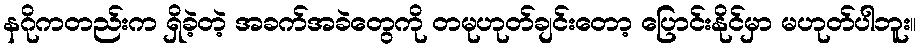
နဂိုကတည်းက ရှိခဲ့တဲ့ အခက်အခဲတွေကို တမုဟုတ်ချင်းတော့ ပြောင်းနိုင်မှာ မဟုတ်ပါဘူး။